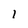
Character: I